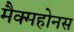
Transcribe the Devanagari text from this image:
मैक्महोनस